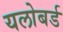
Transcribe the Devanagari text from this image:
यलोबर्ड